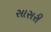
સાસરી